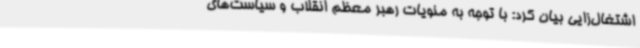
اشتغال‌زایی بیان کرد: با توجه به منویات رهبر معظم انقلاب و سیاست‌های